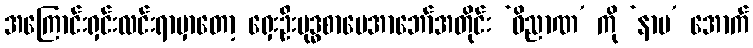
အကြောင်းရှင်းလင်းရာမှာတော့ ရှေးဦးဗုဒ္ဓစာပေအာဘော်အတိုင်း ‘ဝိညာဏ’ ကို ‘နာမ’ အောက်